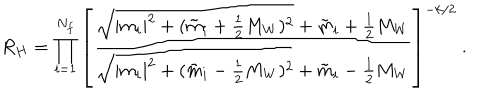
R _ { H } = \prod _ { i = 1 } ^ { N _ { f } } \left[ \frac { \sqrt { | m _ { i } | ^ { 2 } + ( { \tilde { m } } _ { i } + \frac { 1 } { 2 } M _ { W } ) ^ { 2 } } + { \tilde { m } } _ { i } + \frac { 1 } { 2 } M _ { W } } { \sqrt { | m _ { i } | ^ { 2 } + ( { \tilde { m } } _ { i } - \frac { 1 } { 2 } M _ { W } ) ^ { 2 } } + { \tilde { m } } _ { i } - \frac { 1 } { 2 } M _ { W } } \right] ^ { - k / 2 } \ .